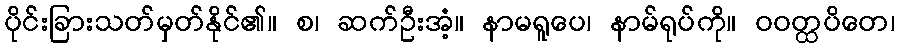
ပိုင်းခြားသတ်မှတ်နိုင်၏။ စ၊ ဆက်ဦးအံ့။ နာမရူပေ၊ နာမ်ရုပ်ကို။ ဝဝတ္ထပိတေ၊